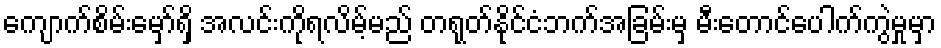
ကျောက်စိမ်းမှော်ရှိ အလင်းကိုရလိမ့်မည် တရုတ်နိုင်ငံဘက်အခြမ်းမှ မီးတောင်ပေါက်ကွဲမှုမှာ